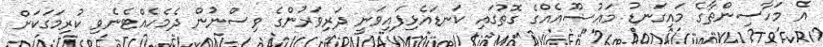
އެ މަހާސިންތާގެ މައިގަނޑު މަޢުޟޫއެއްގެ ގޮތުގައި ކަނޑައެޅިފައިވަނީ ދަރިވަރުންގެ ވިސްނުން ދެމެހެއްޓެނެވި ކުރިމަގަކަށް